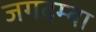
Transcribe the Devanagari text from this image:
जगदम्‍बा